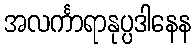
အလင်္ကာရာနုပ္ပဒါနေန